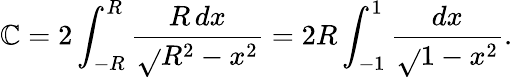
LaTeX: \mathbb{C}=2\int_{-R}^{R}{\frac{{R\, dx}}{{\sqrt{}{{R^{2}-x^{2}}}}}}=2R\int_{-1}^{1}{\frac{{dx}}{{\sqrt{}{{1-x^{2}}}}}}.